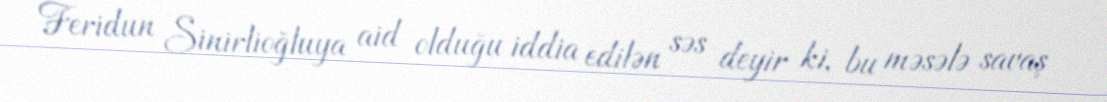
Feridun Sinirlioğluya aid olduğu iddia edilən səs deyir ki, bu məsələ savaş